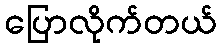
ပြောလိုက်တယ်